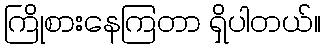
ကြိုစားနေကြတာ ရှိပါတယ်။